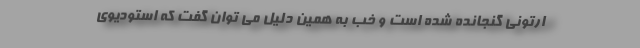
ارتونی گنجانده شده است و خب به همین دلیل می توان گفت که استودیوی